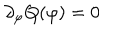
LaTeX: \partial _ { \varphi } Q ( \varphi ) = 0